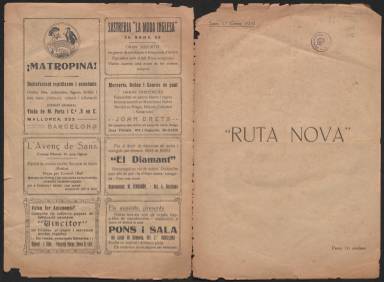
Título: Ruta nova
Colección: Revistas de información general
Ámbito geográfico: Barcelona
Lugar de publicación: Barcelona
Fechas: 01/01/1919-15/09/1919